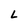
Character: L